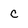
Character: C